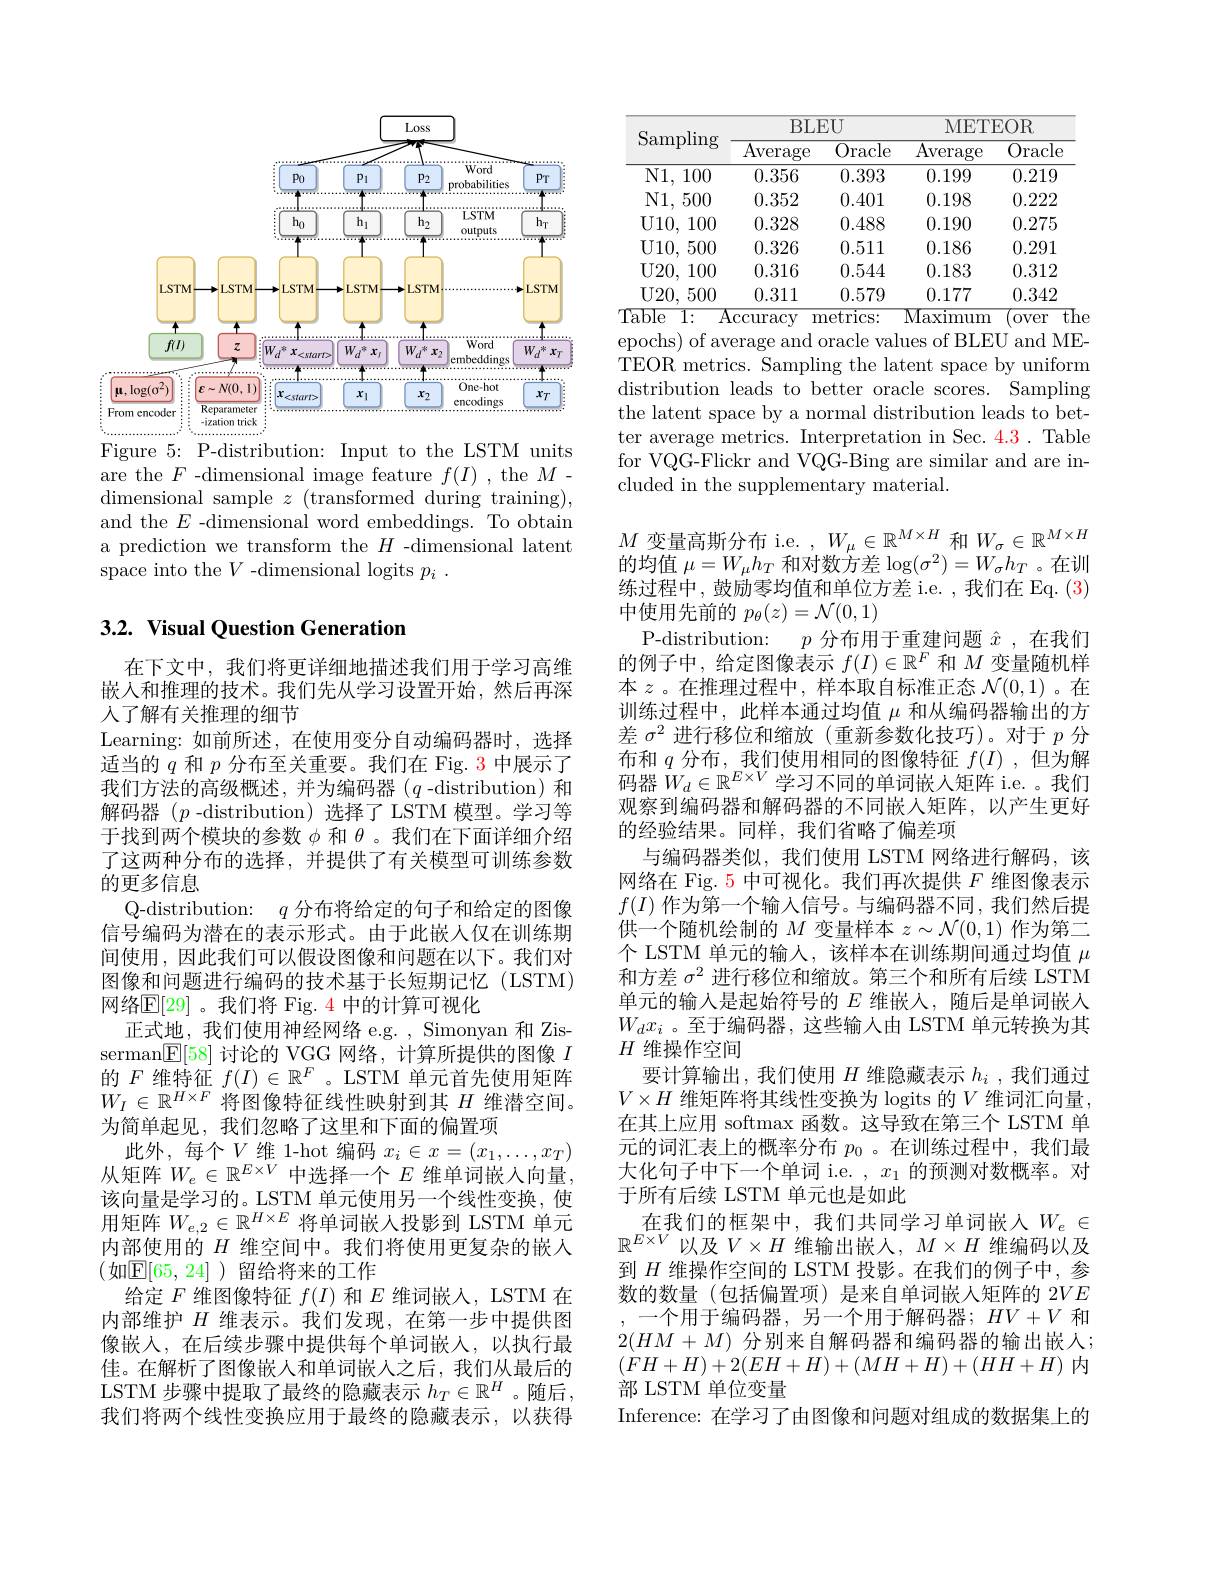
<FigureHere>

Figure 5: P-distribution: Input to the LSTM units are the $F$ -dimensional image feature $f(I)$ , the $M$ - dimensional sample $z$ (transformed during training), and the $E$ -dimensional word embeddings. To obtain a prediction we transform the $H$ -dimensional latent space into the $V$ -dimensional logits $p_i.$

## 3.2. Visual Question Generation

在下文中，我们将更详细地描述我们用于学习高维嵌入和推理的技术。我们先从学习设置开始，然后再深人了解有关推理的细节
Learning: 如前所述，在使用变分自动编码器时，选择适当的$q$和$p$分布至关重要。我们在 Fig. 3 中展示了我们方法的高级概述，并为编码器($q$-distribution)和解码器$(p$ -distribution)选择了LSTM 模型。学习等于找到两个模块的参数$\phi$和$\theta$ 。我们在下面详细介绍了这两种分布的选择，并提供了有关模型可训练参数的更多信息
Q-distribution: $q$分布将给定的句子和给定的图像信号编码为潜在的表示形式。由于此嵌人仅在训练期间使用，因此我们可以假设图像和问题在以下。我们对图像和问题进行编码的技术基于长短期记忆(LSTM) 网络$\mathbb{E}[29]$ 。我们将 Fig. 4 中的计算可视化
正式地，我们使用神经网络 e.g. , Simonyan 和 Zisserman$\underline{\mathbb{E}}[58]$讨论的 VGG 网络，计算所提供的图像$I$ 的$F$维特征$f(I)\in\mathbb{R}^F$。LSTM 单元首先使用矩阵$W_I\in\mathbb{R}^{H\times F}$将图像特征线性映射到其$H$维潜空间。为简单起见，我们忽略了这里和下面的偏置项
此外，每个$V$维1-hot 编码$x_i\in x=(x_1,\ldots,x_T)$ 从矩阵$W_e\in\mathbb{R}^{E\times V}$中选择一个$E$维单词嵌入向量， 该向量是学习的。LSTM 单元使用另一个线性变换，使用矩阵$W_e,2\in\mathbb{R}^{H\times E}$将单词嵌人投影到 LSTM 单元内部使用的$H$维空间中。我们将使用更复杂的嵌人(如$\mathbb{E}[65,24]$ ) 留给将来的工作
给定$F$维图像特征$f(I)$和$E$维词嵌人，LSTM 在内部维护$H$维表示。我们发现，在第一步中提供图像嵌入，在后续步骤中提供每个单词嵌人，以执行最佳。在解析了图像嵌人和单词嵌入之后，我们从最后的LSTM 步骤中提取了最终的隐藏表示$h_T\in\mathbb{R}^H$ 。随后， 我们将两个线性变换应用于最终的隐藏表示，以获得

<table>
	<tbody>
		<tr>
			<th rowspan="3">$\operatorname{Sampling}$</th>
			<th>$BLI$ Average</th>
			<th>$EU$ $\overline{\mathrm{Oracle}}$</th>
			<th>$METI$ Average</th>
			<th>$\Xi OR$ $\overline{\mathrm{Oracle}}$</th>
		</tr>
		<tr>
			<th>$BLI$</th>
			<th>$EU$</th>
			<th>$METI$</th>
			<th>$EOR$</th>
		</tr>
		<tr>
			<th>Average</th>
			<th>$\overline{\mathrm{Oracle}}$</th>
			<th>Average</th>
			<th>$\overline{\mathrm{Oracle}}$</th>
		</tr>
		<tr>
			<td>${\mathrm{N1,~100}}$</td>
			<td>0.356</td>
			<td>0.393</td>
			<td>0.199</td>
			<td>0.219</td>
		</tr>
		<tr>
			<td>N1, 500</td>
			<td>0.352</td>
			<td>0.401</td>
			<td>0.198</td>
			<td>0.222</td>
		</tr>
		<tr>
			<td>$U10$, 100</td>
			<td>0.328</td>
			<td>0.488</td>
			<td>0.190</td>
			<td>0.275</td>
		</tr>
		<tr>
			<td>U10, 500</td>
			<td>0.326</td>
			<td>0.511</td>
			<td>0.186</td>
			<td>0.291</td>
		</tr>
		<tr>
			<td>$U20$, 100</td>
			<td>0.316</td>
			<td>0.544</td>
			<td>0.183</td>
			<td>0.312</td>
		</tr>
		<tr>
			<td>U20, 500</td>
			<td>0.311</td>
			<td>0.579</td>
			<td>0.177</td>
			<td>0.342</td>
		</tr>
	</tbody>
</table>
Table 1: Accuracy metrics:
${\mathrm{Maximum~(over~the}}$

epochs) of average and oracle values of BLEU and METEOR metrics. Sampling the latent space by uniform distribution leads to better oracle scores. Sampling the latent space by a normal distribution leads to better average metrics. Interpretation in Sec. 4.3. Table for VQG-Flickr and VQG-Bing are similar and are included in the supplementary material.

$M$变量高斯分布 i.e. $,W_\mu\in\mathbb{R}^M\times H$和$W_\sigma\in\mathbb{R}^{M\times H}$ 的均值$\mu=W_\mu h_T$和对数方差$\log(\sigma^2)=W_\sigma h_T$ 。在训练过程中，鼓励零均值和单位方差 i.e. , 我们在 Eq. (3) 中使用先前的$p_\theta(z)=\mathcal{N}(0,1)$
P-distribution:
$p$分布用于重建问题$\hat{x}$ ,在我们
的例子中，给定图像表示$f(I)\in\mathbb{R}^F$和$M$变量随机样本$z$ 。在推理过程中，样本取自标准正态$\mathcal{N}(0,1)$ 。在训练过程中，此样本通过均值$\mu$和从编码器输出的方差$\sigma^2$进行移位和缩放(重新参数化技巧)。对于$p$分布和$q$分布，我们使用相同的图像特征$f(I)$,但为解码器$W_d\in\mathbb{R}^{E\times V}$学习不同的单词嵌人矩阵 i.e. 。我们观察到编码器和解码器的不同嵌入矩阵，以产生更好的经验结果。同样，我们省略了偏差项
与编码器类似，我们使用 LSTM 网络进行解码，该网络在 Fig. 5 中可视化。我们再次提供$F$维图像表示$f(I)$作为第一个输入信号。与编码器不同，我们然后提供一个随机绘制的$M$变量样本$z\sim\mathcal{N}(0,1)$作为第二个 LSTM 单元的输人，该样本在训练期间通过均值$\mu$ 和方差$\sigma^2$进行移位和缩放。第三个和所有后续 LSTM 单元的输入是起始符号的$E$维嵌人，随后是单词嵌人$W_dx_i$ 。至于编码器 , 这些输入由 LSTM 单元转换为其$H$维操作空间
要计算输出，我们使用$H$维隐藏表示$h_i$ ,我们通过$V\times H$ 维矩阵将其线性变换为 logits 的$V$ 维词汇向量， 在其上应用 softmax 函数。这导致在第三个 LSTM 单元的词汇表上的概率分布$p_0$ 。在训练过程中，我们最大化句子中下一个单词 i.e. $,x_1$的预测对数概率。对于所有后续 LSTM 单元也是如此
在我们的框架中，我们共同学习单词嵌入$W_e\in$ $\mathbb{R}^{E\times V}$ 以及$V\times H$ 维输出嵌人$,M\times H$ 维编码以及到$H$维操作空间的 LSTM 投影。在我们的例子中，参数的数量(包括偏置项)是来自单词嵌入矩阵的 2$VE$ 一个用于编码器，另一个用于解码器；$HV+V$和
$2(HM+M)$分别来自解码器和编码器的输出嵌人； $(FH+H)+2(EH+H)+(MH+H)+(HH+H)$内部 LSTM 单位变量
Inference: 在学习了由图像和问题对组成的数据集上的